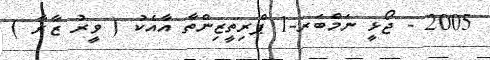
2005 - ޖޯޅީ ނަމްބަރ-1 ޕްރިތީޒިންތާ އާއެކު ( ވީރު ޒާރާ )